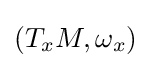
(T_{x}M,\omega _{x})